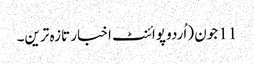
11 جون (اُردو پوائنٹ اخبار تازہ ترین۔